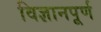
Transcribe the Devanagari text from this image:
विज्ञानपूर्ण